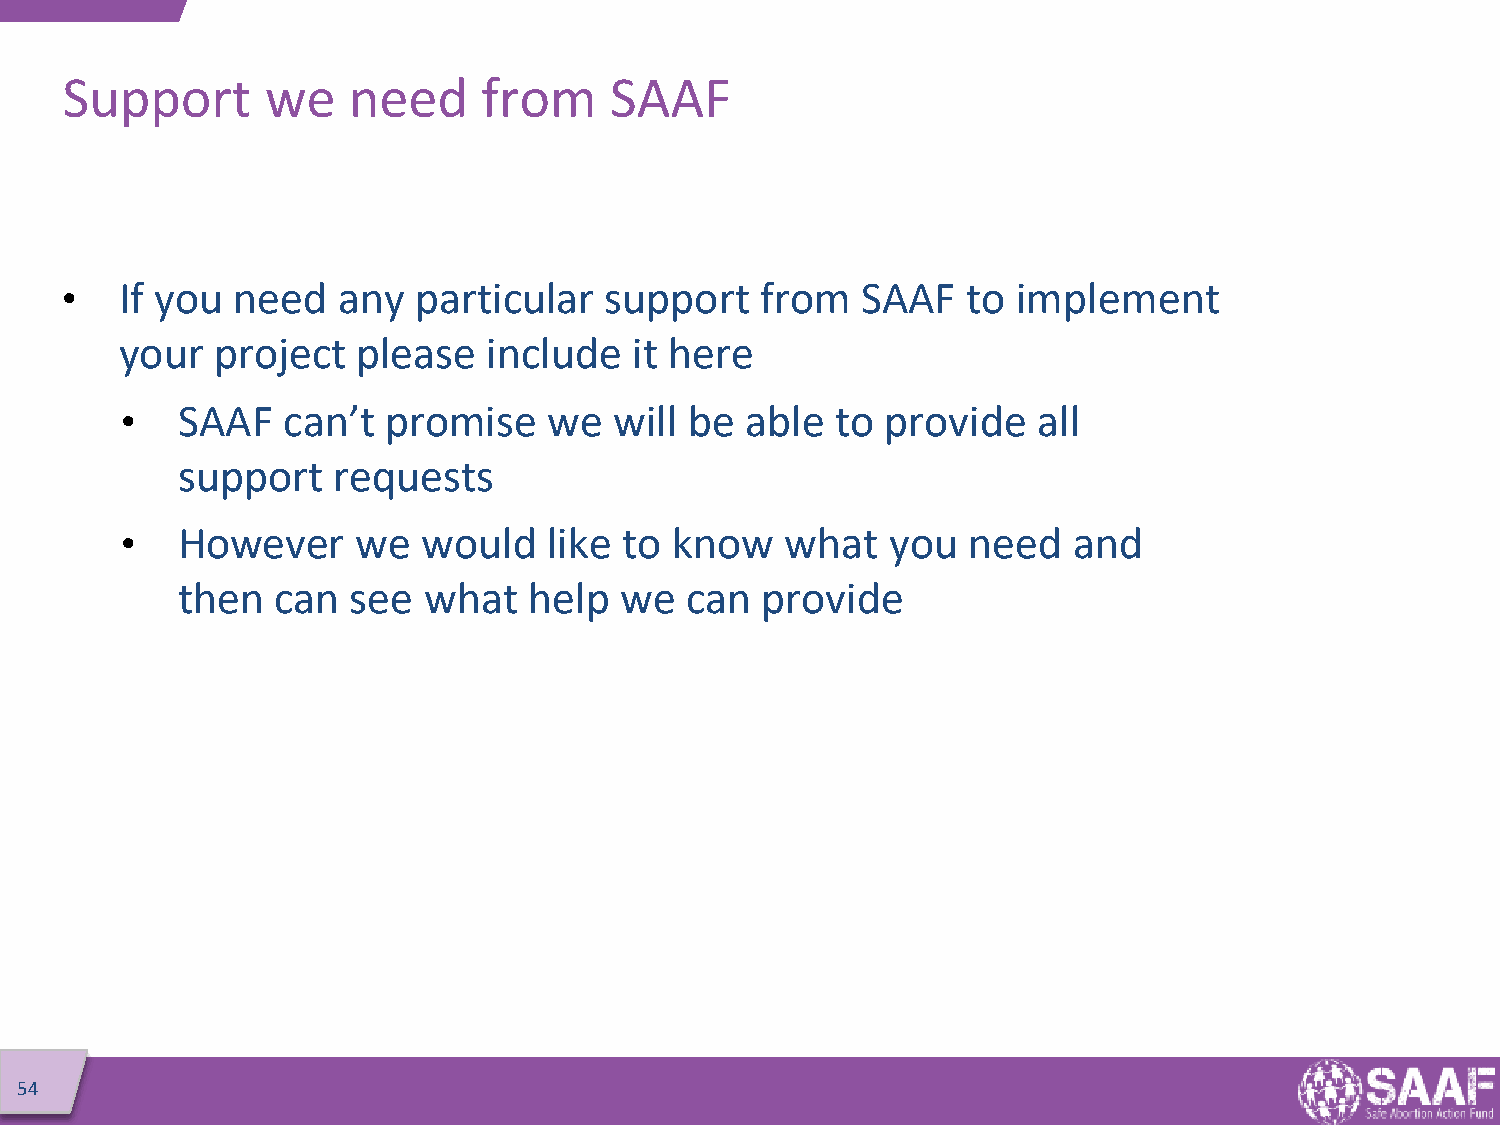
Support       we   need     from    SAAF
 •   If you need   any  particular   support   from   SAAF   to implement
 your  project   please  include   it here
 •   SAAF   can’t  promise   we   will be able  to  provide   all
 support   requests
 •   However     we  would   like to  know   what   you  need   and
 then  can  see  what   help  we  can  provide
 54